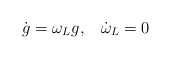
\begin{align*}\dot{g}=\omega_{L}g, \;\;\;\dot{\omega}_{L}=0\end{align*}